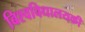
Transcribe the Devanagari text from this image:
बिश्वविधालयकी